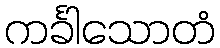
ကင်္ခါသောတံ